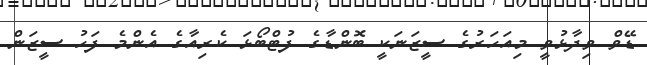
ޑޭވް ވިދާޅުވީ މިއަހަރުގެ ސީޒަނަކީ ބޮންޑާގެ ފުޓްބޯޅަ ކެރިއާގެ އެންމެ ފަހު ސީޒަން